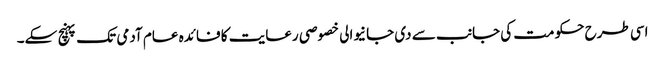
اسی طرح حکومت کی جانب سے دی جانیوالی خصوصی رعایت کا فائدہ عام آدمی تک پہنچ سکے۔